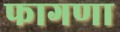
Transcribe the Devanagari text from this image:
फागणा